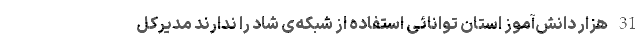
31 هزار دانش‌آموز استان توانائی استفاده از شبکه‌ی شاد را ندارند مدیرکل